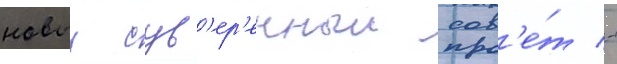
новыи сув'ер'енныи сов'е́т -